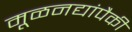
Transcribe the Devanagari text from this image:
मूळनद्यांपैकी